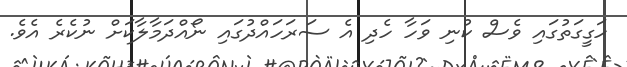
ހަގީގަތުގައި ވެސް ކުނި ވަހާ ހެދި އެ ސަރަހައްދުގައި ނޯއްދަމާލާކަށް ނުކެރެ އެވެ.